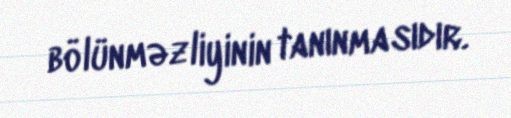
bölünməzliyinin tanınmasıdır.